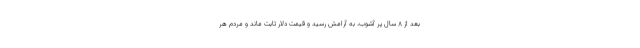
بعد از 8 سال پر آشوب، به آرامش رسید و قیمت دلار ثابت ماند و مردم هر